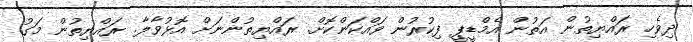
ދިވެހި ރައްޔިތުން އަތުން އެމްޑީޕީ ފިކުރުން ވައްކަންކޮށް. ރައްޔިތުންނަށް އޮޅުވާލާ. ރައްޔިތުން މަގު